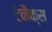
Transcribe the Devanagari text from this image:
टेनैक्स